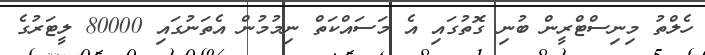
ހެލްތު މިނިސްޓްރީން ބުނި ގޮތުގައި އެ މަސައްކަތް ނިމުމުން އެތަނުގައި 80000 ލީޓަރުގެ